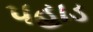
પહાડ